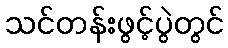
သင်တန်းဖွင့်ပွဲတွင်